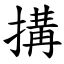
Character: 搆